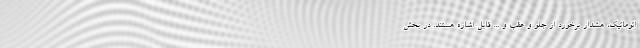
اتوماتیک، هشدار برخورد از جلو و عقب و ... قابل اشاره هستند. در بخش